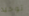
توحيد